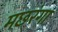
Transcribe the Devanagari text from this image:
मछरंगा